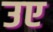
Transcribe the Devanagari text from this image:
उए